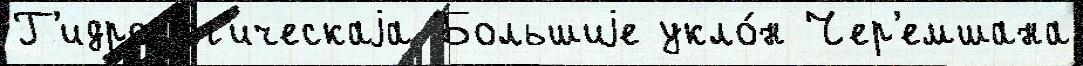
Г'идролог'ическаjа Большиjе укло́н Чер'емшана